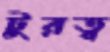
টুরত্ব